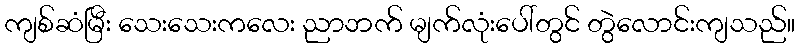
ကျစ်ဆံမြီး သေးသေးကလေး ညာဘက် မျက်လုံးပေါ်တွင် တွဲလောင်းကျသည်။